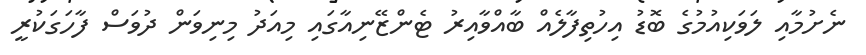
ނެށުމާއި ލަވަކިއުމުގެ ބޮޑު އިހުތިފާލެއް ބާއްވާއިރު ޓެންޒޭނިއާގައި މިއަދު މިނިވަން ދުވަސް ފާހަގަކުރީ